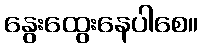
နွေးထွေးနေပါစေ။